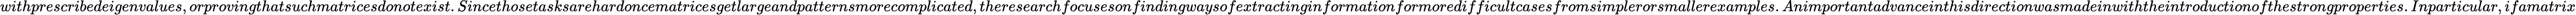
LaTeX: withprescribedeigenvalues,orprovingthatsuchmatricesdonotexist.Sincethosetasksarehardoncematricesgetlargeandpatternsmorecomplicated,theresearchfocusesonfindingwaysofextractinginformationformoredifficultcasesfromsimplerorsmallerexamples.Animportantadvanceinthisdirectionwasmadeinwiththeintroductionofthestrongproperties.Inparticular,ifamatrix